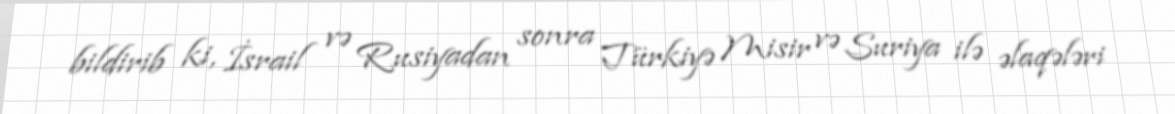
bildirib ki, İsrail və Rusiyadan sonra Türkiyə Misir və Suriya ilə əlaqələri